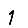
Digit: 1